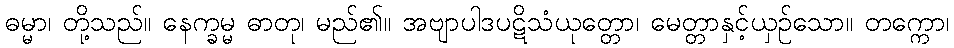
ဓမ္မာ၊ တို့သည်။ နေက္ခမ္မ ဓာတု၊ မည်၏။ အဗျာပါဒပဋိသံယုတ္တော၊ မေတ္တာနှင့်ယှဉ်သော။ တက္ကော၊